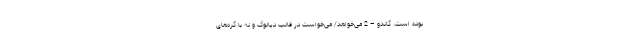
بوده است. گاندو – 2 می‌خواهد/ می‌خواست در قالب دیالوگ و نه با گره‌های